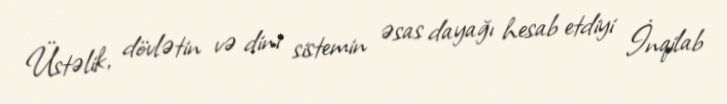
Üstəlik, dövlətin və dini sistemin əsas dayağı hesab etdiyi İnqilab